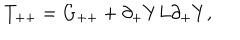
T _ { + + } = G _ { + + } + \partial _ { + } Y L \partial _ { + } Y ,